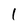
Character: l